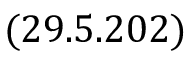
( 2 9 . 5 . 2 0 2 )